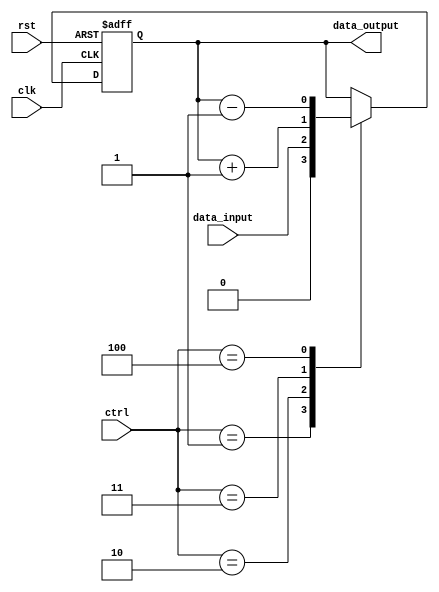
module register
	#(
		parameter DATA_WIDTH = 1
	)
	(
		input rst,
		input clk,
		input [(3 - 1) : 0] ctrl,
		input [(DATA_WIDTH - 1) : 0] data_input,
		output [(DATA_WIDTH - 1) : 0] data_output
	);
	
	localparam CTRL_WIDTH = 3;
	
	localparam CTRL_NONE = 3'd0;
	localparam CTRL_CLR  = 3'd1;
	localparam CTRL_LOAD = 3'd2;
	localparam CTRL_INCR = 3'd3;
	localparam CTRL_DECR = 3'd4;
	
	reg [(DATA_WIDTH - 1) : 0] data_reg, data_next;
	
	always @(negedge rst, posedge clk) begin
		if (!rst)
			data_reg <= { DATA_WIDTH{1'b0} };
		else
			data_reg <= data_next;
	end
	
	always @(*) begin
		case (ctrl)
			CTRL_CLR:
				data_next = { DATA_WIDTH{1'b0} };
			CTRL_LOAD:
				data_next = data_input;
			CTRL_INCR:
				data_next = data_reg + { { (DATA_WIDTH - 1){1'b0} }, 1'b1 };
			CTRL_DECR:
				data_next = data_reg - { { (DATA_WIDTH - 1){1'b0} }, 1'b1 };
			default:
				data_next = data_reg;
		endcase
	end
	
	assign data_output = data_reg;
	
endmodule